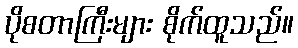
ပိုစတာကြီးများ စိုက်ထူသည်။